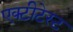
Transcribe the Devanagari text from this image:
एक्टीटेस्ट